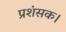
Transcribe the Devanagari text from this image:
प्रशंसक।